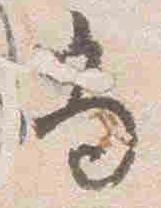
尚